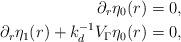
LaTeX: \begin{align*} \partial_r\eta_0(r) &= 0, \\ \partial_r\eta_1(r)+k_d^{-1}V_\Gamma\eta_0(r) &= 0, \end{align*}